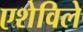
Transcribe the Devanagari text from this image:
एशेविले